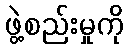
ဖွဲ့စည်းမှုကို